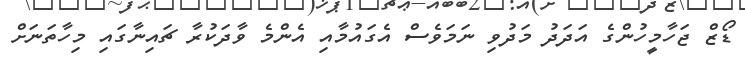
ޑޯޒް ޖަހާމީހުންގެ އަދަދު މަދުވި ނަމަވެސް އެގައުމާއި އެންމެ ވާދަކުރާ ޗައިނާގައި މިހާތަނަށް